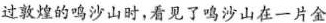
过敦煌的鸣沙山时，看见了鸣沙山在一片金